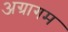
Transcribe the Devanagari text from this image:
अग्रागम